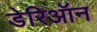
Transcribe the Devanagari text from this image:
डेरिऑन